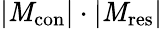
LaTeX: |\mathit{M}_{\mathrm{{{con}}}}|\cdot|\mathit{M}_{\mathrm{{{res}}}}|